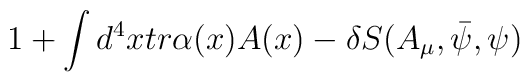
1+\int d^4 x  tr  \alpha (x) A(x) - \delta S(A_\mu,\bar{\psi},\psi)